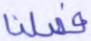
فصلنا